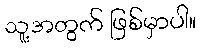
သူ့အတွက် ဖြစ်မှာပါ။